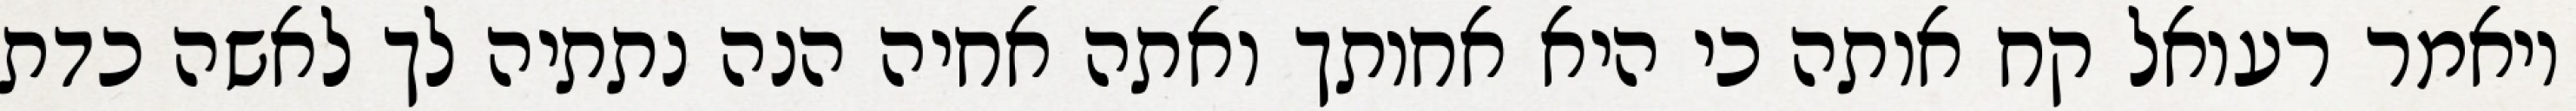
ויאמר רעואל קח אותה כי היא אחותך ואתה אחיה הנה נתתיה לך לאשה כדת